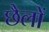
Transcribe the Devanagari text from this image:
छैलों